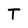
Character: T